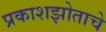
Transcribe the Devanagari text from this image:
प्रकाशझोताचे